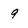
Character: 9